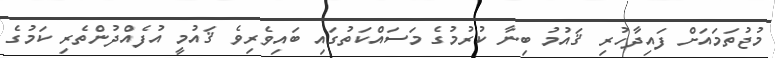
މުޖުތަމައަށް ފައިދާހުރި ޤައުމު ބިނާ ކުރުމުގެ މަސައްކަތުގައި ބައިވެރިވެ ޤައުމީ އުފެއްދުންތެރި ކަމުގެ